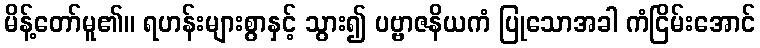
မိန့်တော်မူ၏။ ရဟန်းများစွာနှင့် သွား၍ ပဗ္ဗာဇနိယကံ ပြုသောအခါ ကံငြိမ်းအောင်